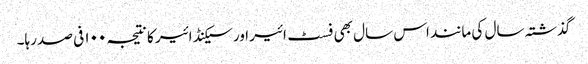
گذشتہ سال کی مانند اس سال بھی فسٹ ائیر اور سیکنڈ ائیر کا نتیجہ ۱۰۰ فی صد رہا۔